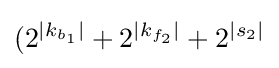
(2^{|k_{b_{1}}|}+2^{|k_{f_{2}}|}+2^{|s_{2}|}